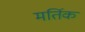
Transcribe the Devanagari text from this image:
मर्तिक